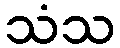
သံသ